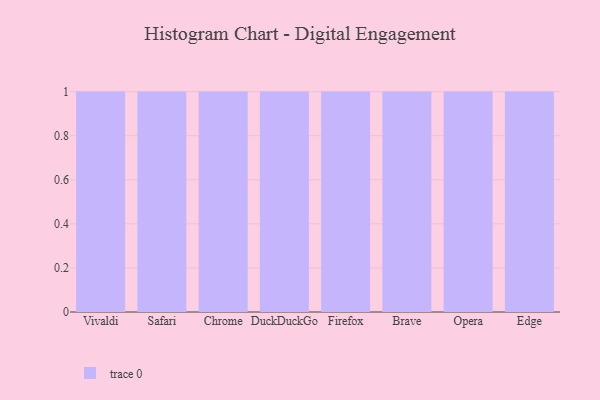
{"axis": {"x": "Browser", "y": "Inventory Turnover"}, "legend": [""], "data": [{"x": "Vivaldi", "y": 19, "type": ""}, {"x": "Safari", "y": 5, "type": ""}, {"x": "Chrome", "y": 47, "type": ""}, {"x": "DuckDuckGo", "y": 11, "type": ""}, {"x": "Firefox", "y": 100, "type": ""}, {"x": "Brave", "y": 80, "type": ""}, {"x": "Opera", "y": 89, "type": ""}, {"x": "Edge", "y": 11, "type": ""}]}